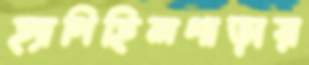
হ্যাপিহিলপাড়ায়